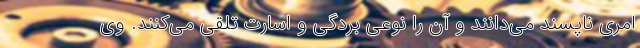
امری ناپسند می‌دانند و آن را نوعی بردگی و اسارت تلقی می‌کنند. وی